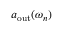
a _ { \mathrm { o u t } } ( \omega _ { n } )